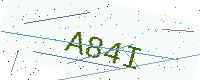
Text: A84I